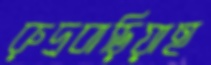
রুদ্রবাড়িয়াহ